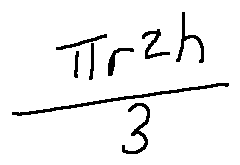
\frac { \pi r ^ { 2 } h } { 3 }